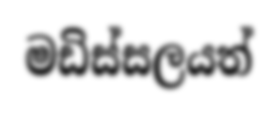
මඩිස්සලයත්